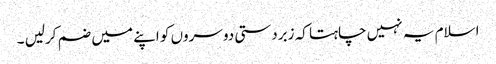
اسلام یہ نہیں چاہتا کہ زبردستی دوسروں کو اپنے میں ضم کرلیں ۔